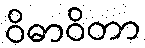
ဝိဓာဝိတာ